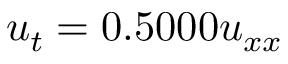
u _ { t } = 0 . 5 0 0 0 u _ { x x }